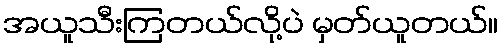
အယူသီးကြတယ်လို့ပဲ မှတ်ယူတယ်။